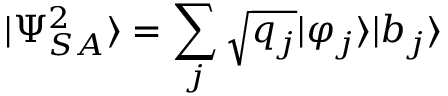
| \Psi _ { S A } ^ { 2 } \rangle = \sum _ { j } { \sqrt { q _ { j } } } | \varphi _ { j } \rangle | b _ { j } \rangle